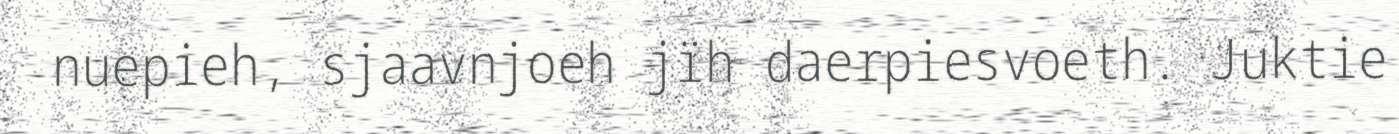
nuepieh, sjaavnjoeh jïh daerpiesvoeth. Juktie